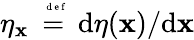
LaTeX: \eta_{\mathbf{x}}\stackrel{\mathrm{{~\tiny~{~d~e~f~}~}}}{=}\mathrm{{d}}\eta(\mathbf{x})/\mathrm{{d}}\mathbf{x}